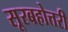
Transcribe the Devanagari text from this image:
सूरबहोत्तरी